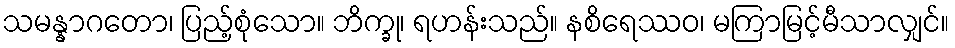
သမန္နာဂတော၊ ပြည့်စုံသော။ ဘိက္ခု၊ ရဟန်းသည်။ နစိရေဿဝ၊ မကြာမြင့်မီသာလျှင်။